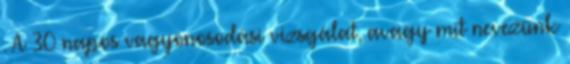
. A 30 napos vagyonosodási vizsgálat, avagy mit nevezünk